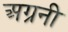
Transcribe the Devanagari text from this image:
अग्रनी